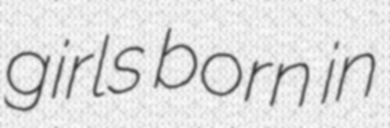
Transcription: girls born in